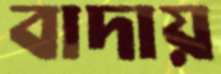
বাদায়